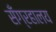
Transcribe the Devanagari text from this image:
सँग्रहालय